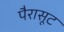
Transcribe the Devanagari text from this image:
पैरासूट